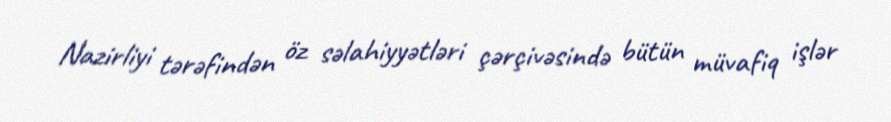
Nazirliyi tərəfindən öz səlahiyyətləri çərçivəsində bütün müvafiq işlər